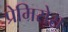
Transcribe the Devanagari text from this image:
प्रेमिसेस